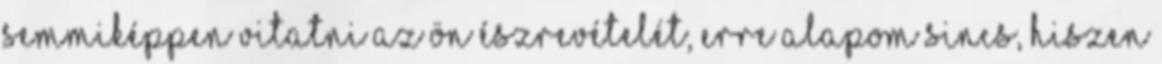
semmiképpen vitatni az Ön észrevételét, erre alapom sincs, hiszen